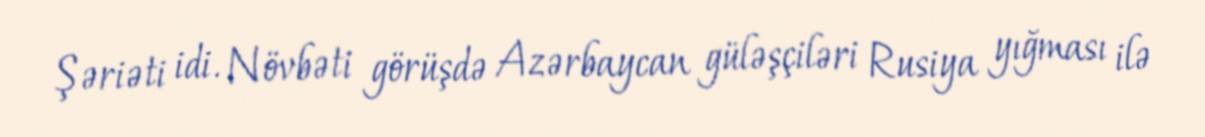
Şəriəti idi. Növbəti görüşdə Azərbaycan güləşçiləri Rusiya yığması ilə